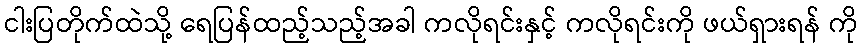
ငါးပြတိုက်ထဲသို့ ရေပြန်ထည့်သည့်အခါ ကလိုရင်းနှင့် ကလိုရင်းကို ဖယ်ရှားရန် ကို